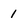
Character: 1